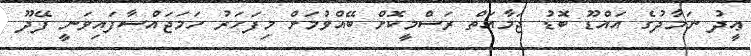
ޢީދު ނަމާދުގެ އައްޑޫ ބޮޑު ޖަމާއަތް ރަސްމީކޮށް ބޭއްވުމަށް މިފަހަރު ހަމަޖައްސާފައިވަނީ ފޭދޫ